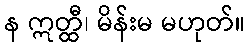
န ဣတ္ထီ၊ မိန်းမ မဟုတ်။